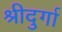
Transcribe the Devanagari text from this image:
श्रीदुर्गा